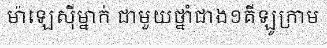
ម៉ាឡេស៊ីម្នាក់ ជាមួយថ្នាំជាង១គីឡូក្រាម